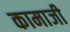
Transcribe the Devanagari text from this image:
कामाजी